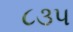
૮૩૫